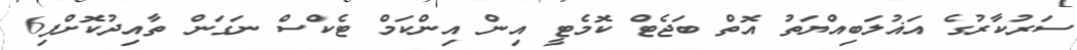
ސަރުކާރުގެ އަޣުލަބިއްޔަތު އޮތް ބަޖެޓް ކޮމެޓީ އިން އިންކަމް ޓެކްސް ނަގަން ތާއިދުކޮށްފި6